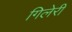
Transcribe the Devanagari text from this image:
गिलेरी